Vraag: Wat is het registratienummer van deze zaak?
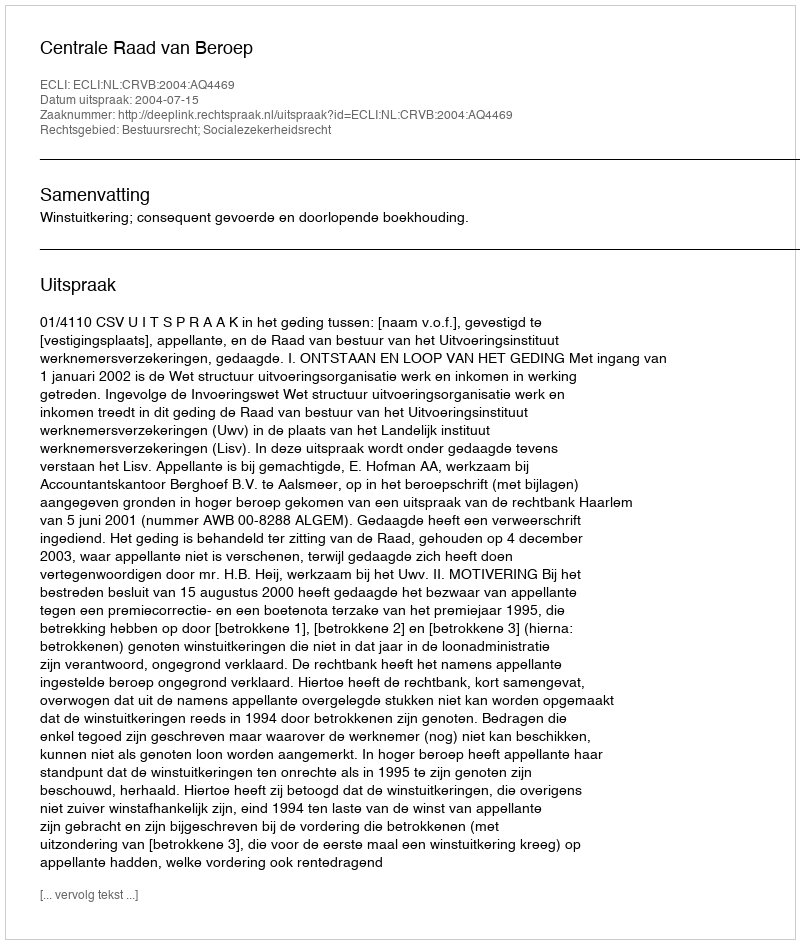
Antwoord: http://deeplink.rechtspraak.nl/uitspraak?id=ECLI:NL:CRVB:2004:AQ4469